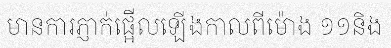
មានការភ្ញាក់ផ្អើលឡើងកាលពីម៉ោង ១១និង